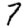
Digit: 7